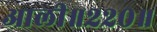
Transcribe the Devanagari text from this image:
आली॥२२०॥